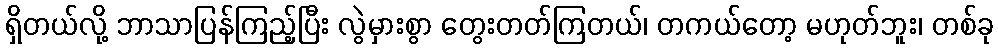
ရှိတယ်လို့ ဘာသာပြန်ကြည့်ပြီး လွဲမှားစွာ တွေးတတ်ကြတယ်၊ တကယ်တော့ မဟုတ်ဘူး၊ တစ်ခု